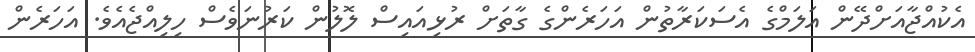
އެކުއްޖާއަށްދޭން އަލަމްގެ އެސަކަރާތުން އަހަރެންގެ ގާތަށް ރުޅިއައިސް ލޮލުން ކަރުނަވެސް ހިލިއްޖެއެވެ. އަހަރެން